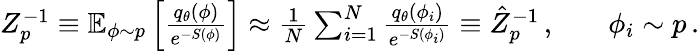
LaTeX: \begin{array}{rlr}{Z_{p}^{-1}\equiv\mathbb{E}_{\phi\sim p}\left[\frac{q_{\theta}(\phi)}{e^{-S(\phi)}}\right]\approx\frac{1}{N}\sum_{i=1}^{N}\frac{q_{\theta}(\phi_{i})}{e^{-S(\phi_{i})}}\equiv\hat{Z}_{p}^{-1}\, ,}&{{}}&{\phi_{i}\sim p\, .}\end{array}